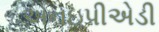
એનઇપીએડી